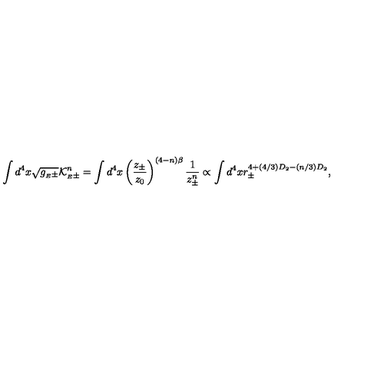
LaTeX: \int d ^ { 4 } x \sqrt { g _ { { } _ { E } \pm } } { \cal K } _ { { } _ { E } \pm } ^ { n } = \int d ^ { 4 } x \left( { \frac { z _ { \pm } } { z _ { 0 } } } \right) ^ { ( 4 - n ) \beta } { \frac { 1 } { z _ { \pm } ^ { n } } } \propto \int d ^ { 4 } x r _ { \pm } ^ { 4 + ( 4 / 3 ) D _ { 2 } - ( n / 3 ) D _ { 2 } } ,